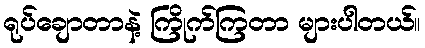
ရုပ်ချောတာနဲ့ ကြိုက်ကြတာ များပါတယ်။